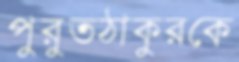
পুরুতঠাকুরকে